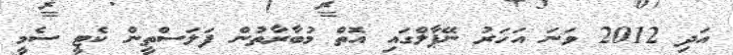
އަދި 2012 ވަނަ އަހަރު ނޭޕާލްގައި އޮތް މުބާރާތުން ފަލަސްތީން ކެޓީ ސެމީ